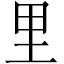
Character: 里